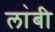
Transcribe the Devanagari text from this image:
ला॓बी